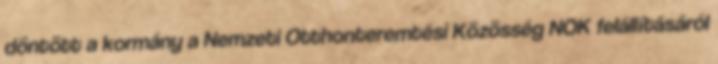
döntött a kormány a Nemzeti Otthonteremtési Közösség NOK felállításáról